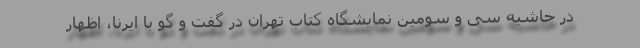
در حاشیه سی و سومین نمایشگاه کتاب تهران در گفت و گو با ایرنا، اظهار